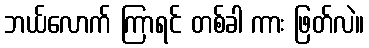
ဘယ်လောက် ကြာရင် တစ်ခါ ကား ဖြတ်လဲ။